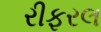
રીફરલ